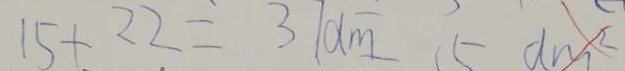
1 5 + 2 2 = 3 7 d m 1 5 d m ^ { 2 }